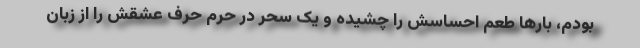
بودم، بارها طعم احساسش را چشیده و یک سحر در حرم حرف عشقش را از زبان